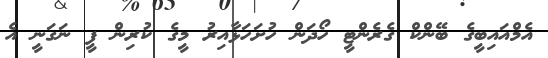
އެމްއައިބީގެ ބޭންކް ގެރެންޓީ ހޯދަން ހުށަހަޅާއިރު މީގެ ކުރިން ފީ ނަގަނީ އެ